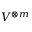
V ^ { \otimes m }